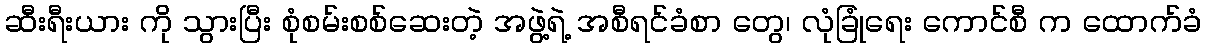
ဆီးရီးယား ကို သွားပြီး စုံစမ်းစစ်ဆေးတဲ့ အဖွဲ့ရဲ့ အစီရင်ခံစာ တွေ၊ လုံခြုံရေး ကောင်စီ က ထောက်ခံ